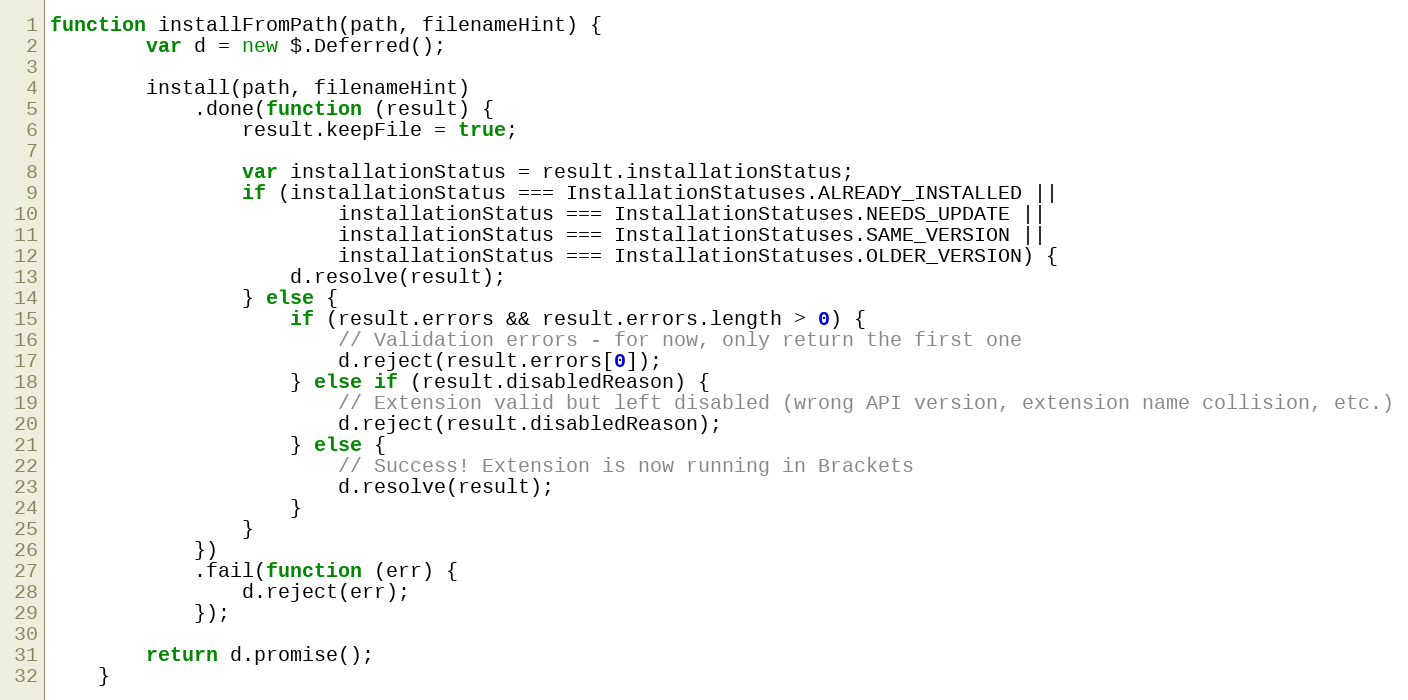
Language: JavaScript
function installFromPath(path, filenameHint) {
        var d = new $.Deferred();

        install(path, filenameHint)
            .done(function (result) {
                result.keepFile = true;

                var installationStatus = result.installationStatus;
                if (installationStatus === InstallationStatuses.ALREADY_INSTALLED ||
                        installationStatus === InstallationStatuses.NEEDS_UPDATE ||
                        installationStatus === InstallationStatuses.SAME_VERSION ||
                        installationStatus === InstallationStatuses.OLDER_VERSION) {
                    d.resolve(result);
                } else {
                    if (result.errors && result.errors.length > 0) {
                        // Validation errors - for now, only return the first one
                        d.reject(result.errors[0]);
                    } else if (result.disabledReason) {
                        // Extension valid but left disabled (wrong API version, extension name collision, etc.)
                        d.reject(result.disabledReason);
                    } else {
                        // Success! Extension is now running in Brackets
                        d.resolve(result);
                    }
                }
            })
            .fail(function (err) {
                d.reject(err);
            });

        return d.promise();
    }